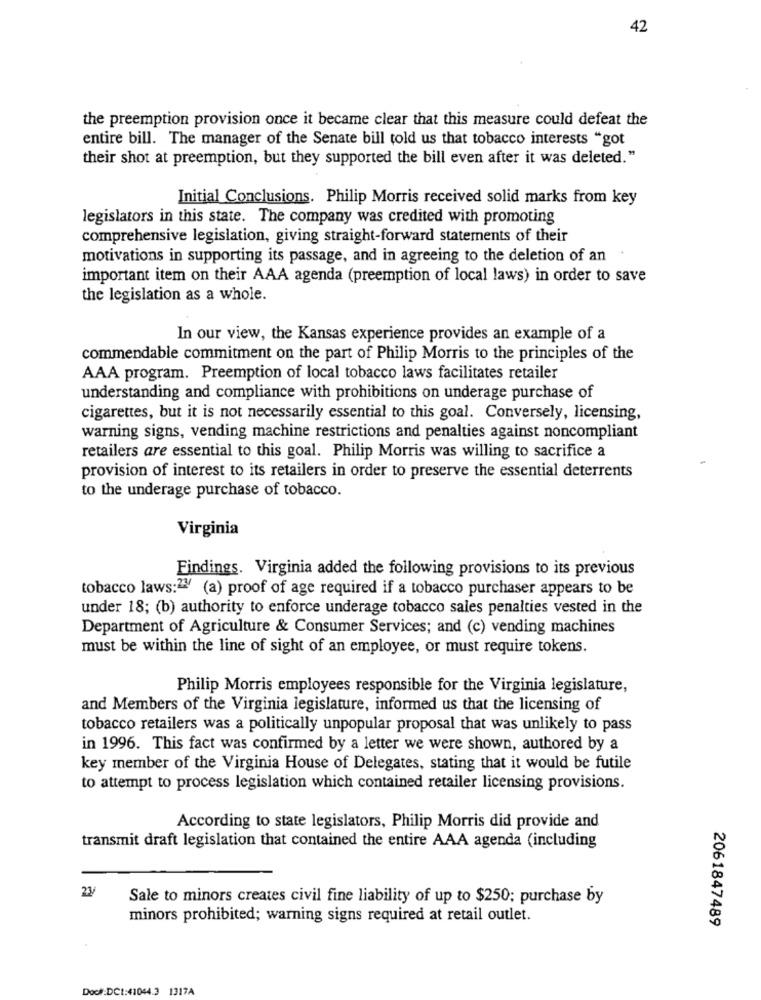
42
the preemption provision once it became clear that this measure could defeat the
entire bill. The manager of the Senate bill told us that tobacco interests "got
their shot at preemption, but they supported the bill even after it was deleted."
Initial Conclusions. Philip Morris received solid marks from key
legislators in this state. The company was credited with promoting
comprehensive legislation, giving straight-forward statements of their
motivations in supporting its passage, and in agreeing to the deletion of an
important item on their AAA agenda (preemption of local laws) in order to save
the legislation as a whole.
In our view, the Kansas experience provides an example of a
commendable commitment on the part of Philip Morris to the principles of the
AAA program. Preemption of local tobacco laws facilitates retailer
understanding and compliance with prohibitions on underage purchase of
cigarettes, but it is not necessarily essential to this goal. Conversely, licensing,
warning signs, vending machine restrictions and penalties against noncompliant
retailers are essential to this goal. Philip Morris was willing to sacrifice a
provision of interest to its retailers in order to preserve the essential deterrents
to the underage purchase of tobacco.
Virginia
Findings. Virginia added the following provisions to its previous
tobacco laws:23 (a) proof of age required if a tobacco purchaser appears to be
under 18; (b) authority to enforce underage tobacco sales penalties vested in the
Department of Agriculture & Consumer Services; and (c) vending machines
must be within the line of sight of an employee, or must require tokens.
Philip Morris employees responsible for the Virginia legislature,
and Members of the Virginia legislature, informed us that the licensing of
tobacco retailers was a politically unpopular proposal that was unlikely to pass
in 1996. This fact was confirmed by a letter we were shown, authored by a
key member of the Virginia House of Delegates, stating that it would be futile
to attempt to process legislation which contained retailer licensing provisions.
According to state legislators, Philip Morris did provide and
transmit draft legislation that contained the entire AAA agenda (including
23/
Sale to minors creates civil fine liability of up to $250; purchase by
minors prohibited; warning signs required at retail outlet.
2061847489
Doc#:DCt:41044.3 1317A